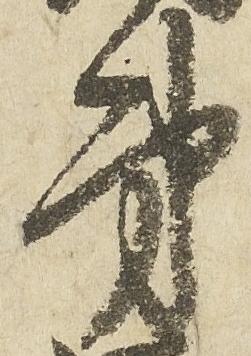
弟